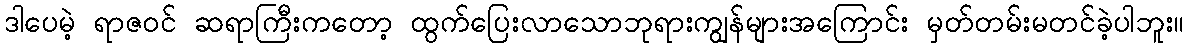
ဒါပေမဲ့ ရာဇဝင် ဆရာကြီးကတော့ ထွက်ပြေးလာသောဘုရားကျွန်များအကြောင်း မှတ်တမ်းမတင်ခဲ့ပါဘူး။